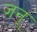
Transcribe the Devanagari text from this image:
जन्‌